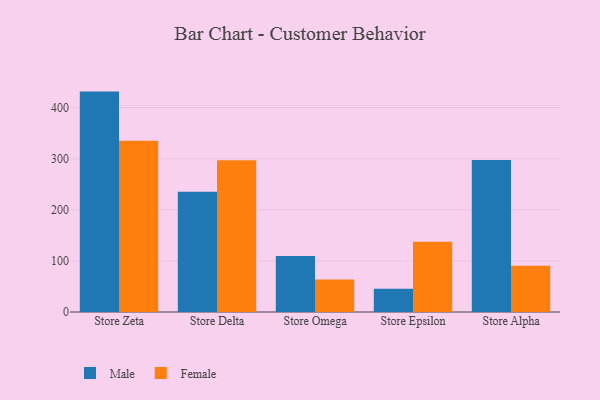
{"axis": {"x": "Store", "y": "Page Views"}, "legend": ["Female", "Male"], "data": [{"x": "Store Zeta", "y": 431.6, "type": "Male"}, {"x": "Store Zeta", "y": 335.4, "type": "Female"}, {"x": "Store Delta", "y": 235.5, "type": "Male"}, {"x": "Store Delta", "y": 297.3, "type": "Female"}, {"x": "Store Omega", "y": 109.7, "type": "Male"}, {"x": "Store Omega", "y": 63.7, "type": "Female"}, {"x": "Store Epsilon", "y": 45.4, "type": "Male"}, {"x": "Store Epsilon", "y": 137.7, "type": "Female"}, {"x": "Store Alpha", "y": 297.5, "type": "Male"}, {"x": "Store Alpha", "y": 90.4, "type": "Female"}]}